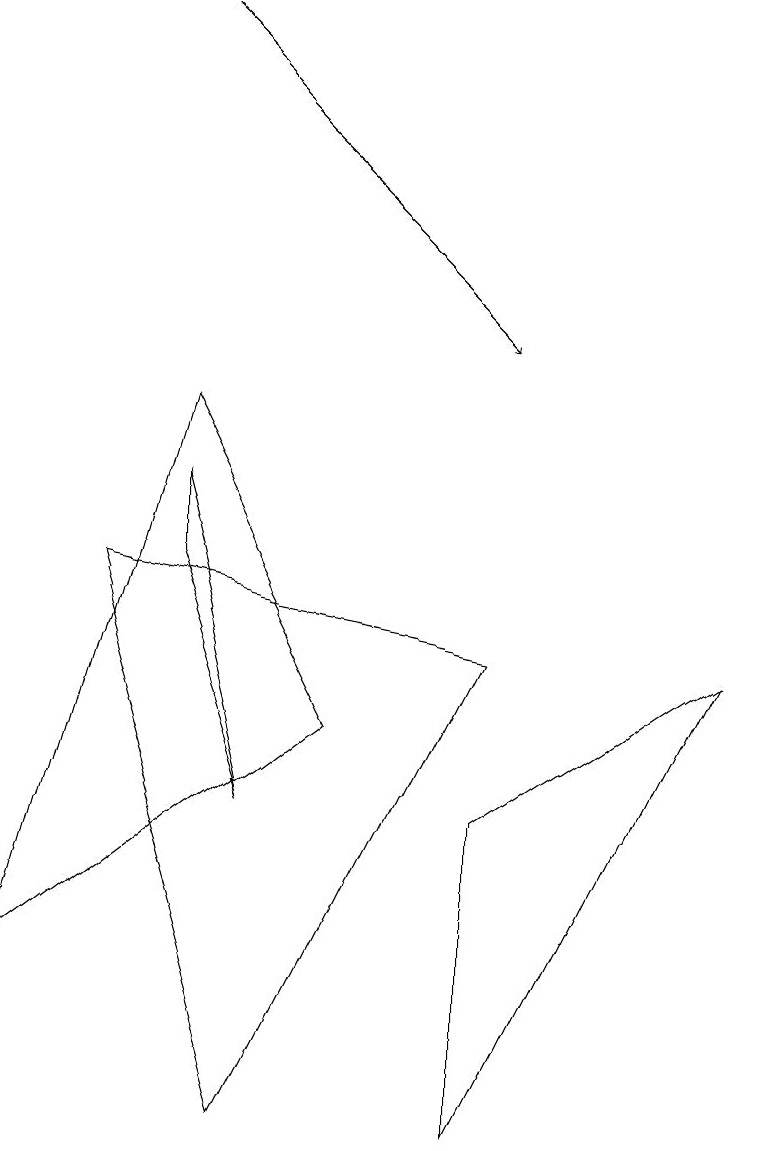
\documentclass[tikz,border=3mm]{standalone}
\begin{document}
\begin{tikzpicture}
\draw (1,7) -- (3,0) -- (6,6) -- cycle;
\draw[->] (2,14) -- (6,10);
\draw (3,4) -- (2,7) -- (2,8) -- cycle;
\draw (4,5) -- (0,2) -- (2,9) -- cycle;
\draw (9,6) -- (6,0) -- (6,4) -- cycle;
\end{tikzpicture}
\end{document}